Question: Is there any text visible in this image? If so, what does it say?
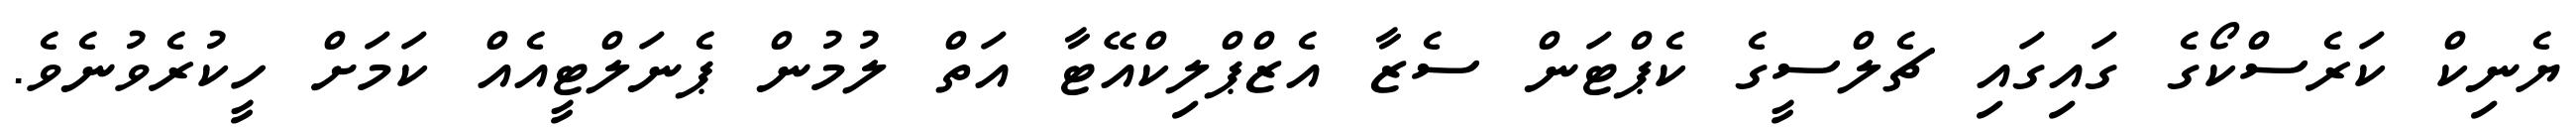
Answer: ޔެނިކް ކަރެސްކޯގެ ގައިގައި ޗެލްސީގެ ކެޕްޓަން ސެޒާ އެޒްޕްލިކްއޭޓާ އަތް ލުމުން ޕެނަލްޓީއެއް ކަމަށް ހީކުރެވުނެވެ.